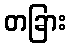
တခြား